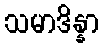
သမာဒိန္နာ